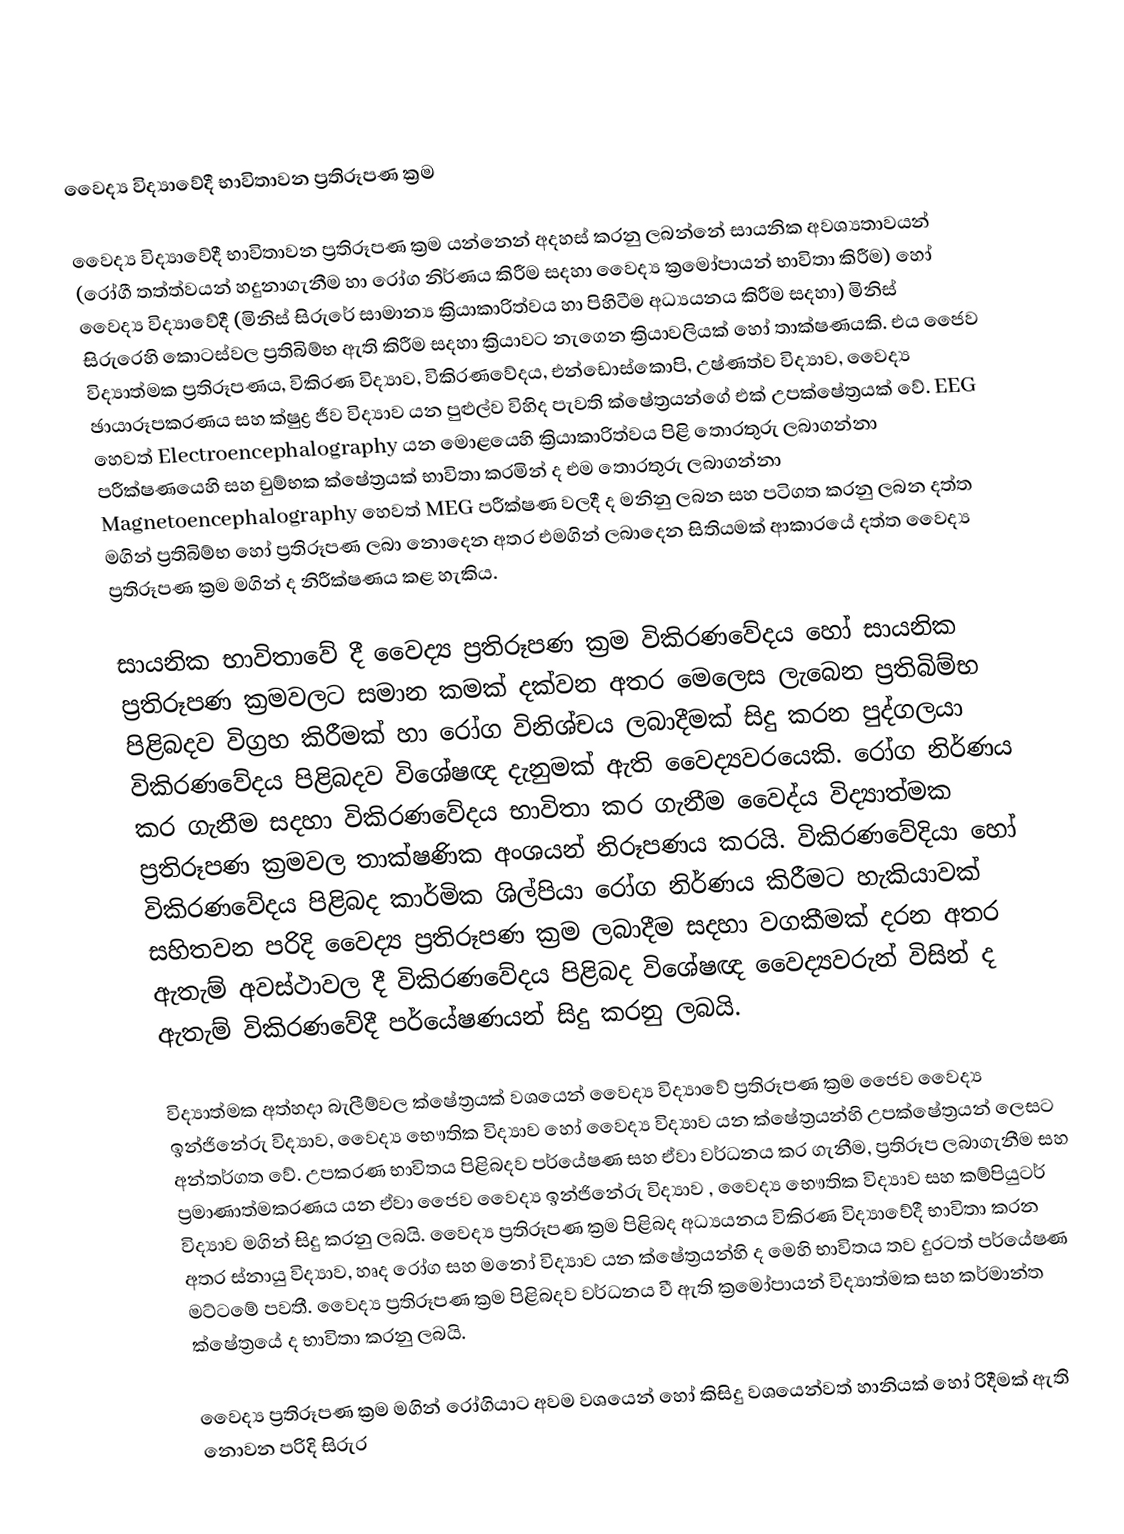

වෛද්‍ය විද්‍යාවේදී භාවිතාවන ප්‍රතිරූපණ ක්‍රම

වෛද්‍ය විද්‍යාවේදී භාවිතාවන ප්‍රතිරූපණ ක්‍රම යන්නෙන් අදහස් කරනු ලබන්නේ සායනික අවශ්‍යතාවයන් (රෝගී තත්ත්වයන් හදුනාගැනීම හා රෝග නිර්ණය කිරීම සදහා වෛද්‍ය ක්‍රමෝපායන් භාවිතා කිරීම) හෝ වෛද්‍ය විද්‍යාවේදී (මිනිස් සිරුරේ සාමාන්‍ය ක්‍රියාකාරිත්වය හා පිහිටීම අධ්‍යයනය කිරීම සදහා) මිනිස් සිරුරෙහි කොටස්වල ප්‍රතිබිම්භ ඇති කිරීම සදහා ක්‍රියාවට නැගෙන ක්‍රියාවලියක් හෝ තාක්ෂණයකි. එය ජෛව විද්‍යාත්මක ප්‍රතිරූපණය, විකිරණ විද්‍යාව, විකිරණවේදය, එන්ඩොස්කොපි, උෂ්ණත්ව විද්‍යාව, වෛද්‍ය ඡායාරූපකරණය සහ ක්ෂුද්‍ර ජීව විද්‍යාව යන  පුළුල්ව විහිද පැවති ක්ෂේත්‍රයන්ගේ එක් උපක්ෂේත්‍රයක් වේ. EEG හෙවත් Electroencephalography යන මොළයෙහි ක්‍රියාකාරිත්වය පිළි තොරතුරු ලබාගන්නා පරීක්ෂණයෙහි සහ චුම්භක ක්ෂේත්‍රයක් භාවිතා කරමින් ද එම තොරතුරු ලබාගන්නා Magnetoencephalography හෙවත් MEG පරීක්ෂණ වලදී ද මනිනු ලබන සහ පටිගත කරනු ලබන දත්ත මගින් ප්‍රතිබිම්භ හෝ ප්‍රතිරූපණ ලබා නොදෙන අතර එමගින් ලබාදෙන සිතියමක් ආකාරයේ දත්ත වෛද්‍ය ප්‍රතිරූපණ ක්‍රම මගින් ද නිරීක්ෂණය කළ හැකිය.

සායනික භාවිතාවේ දී වෛද්‍ය ප්‍රතිරූපණ ක්‍රම විකිරණවේදය හෝ සායනික ප්‍රතිරූපණ ක්‍රමවලට සමාන කමක් දක්වන අතර මෙලෙස ලැබෙන ප්‍රතිබිම්භ  පිළිබදව විග්‍රහ කිරීමක් හා රෝග විනිශ්චය ලබාදීමක් සිදු කරන පුද්ගලයා විකිරණවේදය පිළිබදව විශේෂඥ දැනුමක් ඇති වෛද්‍යවරයෙකි. රෝග නිර්ණය කර ගැනීම සදහා විකිරණවේදය භාවිතා කර ගැනීම වෛද්ය විද්‍යාත්මක ප්‍රතිරූපණ ක්‍රමවල තාක්ෂණික අංශයන් නිරූපණය කරයි. විකිරණවේදියා හෝ විකිරණවේදය පිළිබද කාර්මික ශිල්පියා රෝග නිර්ණය කිරීමට හැකියාවක් සහිතවන පරිදි වෛද්‍ය ප්‍රතිරූපණ ක්‍රම ලබාදීම සදහා වගකීමක් දරන අතර ඇතැම් අවස්ථාවල දී විකිරණවේදය පිළිබද විශේෂඥ වෛද්‍යවරුන්  විසින් ද ඇතැම් විකිරණවේදී පර්යේෂණයන් සිදු කරනු ලබයි.

විද්‍යාත්මක අත්හදා බැලීම්වල ක්ෂේත්‍රයක් වශයෙන් වෛද්‍ය විද්‍යාවේ ප්‍රතිරූපණ ක්‍රම ජෛව වෛද්‍ය ඉන්ජිනේරු විද්‍යාව, වෛද්‍ය භෞතික විද්‍යාව හෝ වෛද්‍ය විද්‍යාව යන ක්ෂේත්‍රයන්හි උපක්ෂේත්‍රයන් ලෙසට අන්තර්ගත වේ. උපකරණ භාවිතය පිළිබදව පර්යේෂණ සහ ඒවා වර්ධනය කර ගැනීම, ප්‍රතිරූප ලබාගැනීම සහ ප්‍රමාණාත්මකරණය යන ඒවා ජෛව වෛද්‍ය ඉන්ජිනේරු විද්‍යාව , වෛද්‍ය භෞතික විද්‍යාව සහ කම්පියුටර් විද්‍යාව මගින් සිදු කරනු ලබයි. වෛද්‍ය ප්‍රතිරූපණ ක්‍රම පිළිබද අධ්‍යයනය විකිරණ විද්‍යාවේදී භාවිතා කරන අතර ස්නායු විද්‍යාව, හෘද රෝග සහ මනෝ විද්‍යාව යන ක්ෂේත්‍රයන්හි ද මෙහි භාවිතය තව දුරටත් පර්යේෂණ මට්ටමේ පවතී. වෛද්‍ය ප්‍රතිරූපණ ක්‍රම පිළිබදව වර්ධනය වී ඇති ක්‍රමෝපායන් විද්‍යාත්මක සහ කර්මාන්ත ක්ෂේත්‍රයේ ද භාවිතා කරනු ලබයි.

වෛද්‍ය ප්‍රතිරූපණ ක්‍රම මගින් රෝගියාට අවම වශයෙන් හෝ කිසිදු වශයෙන්වත් හානියක් හෝ රිදීමක් ඇති නොවන පරිදි සිරුර